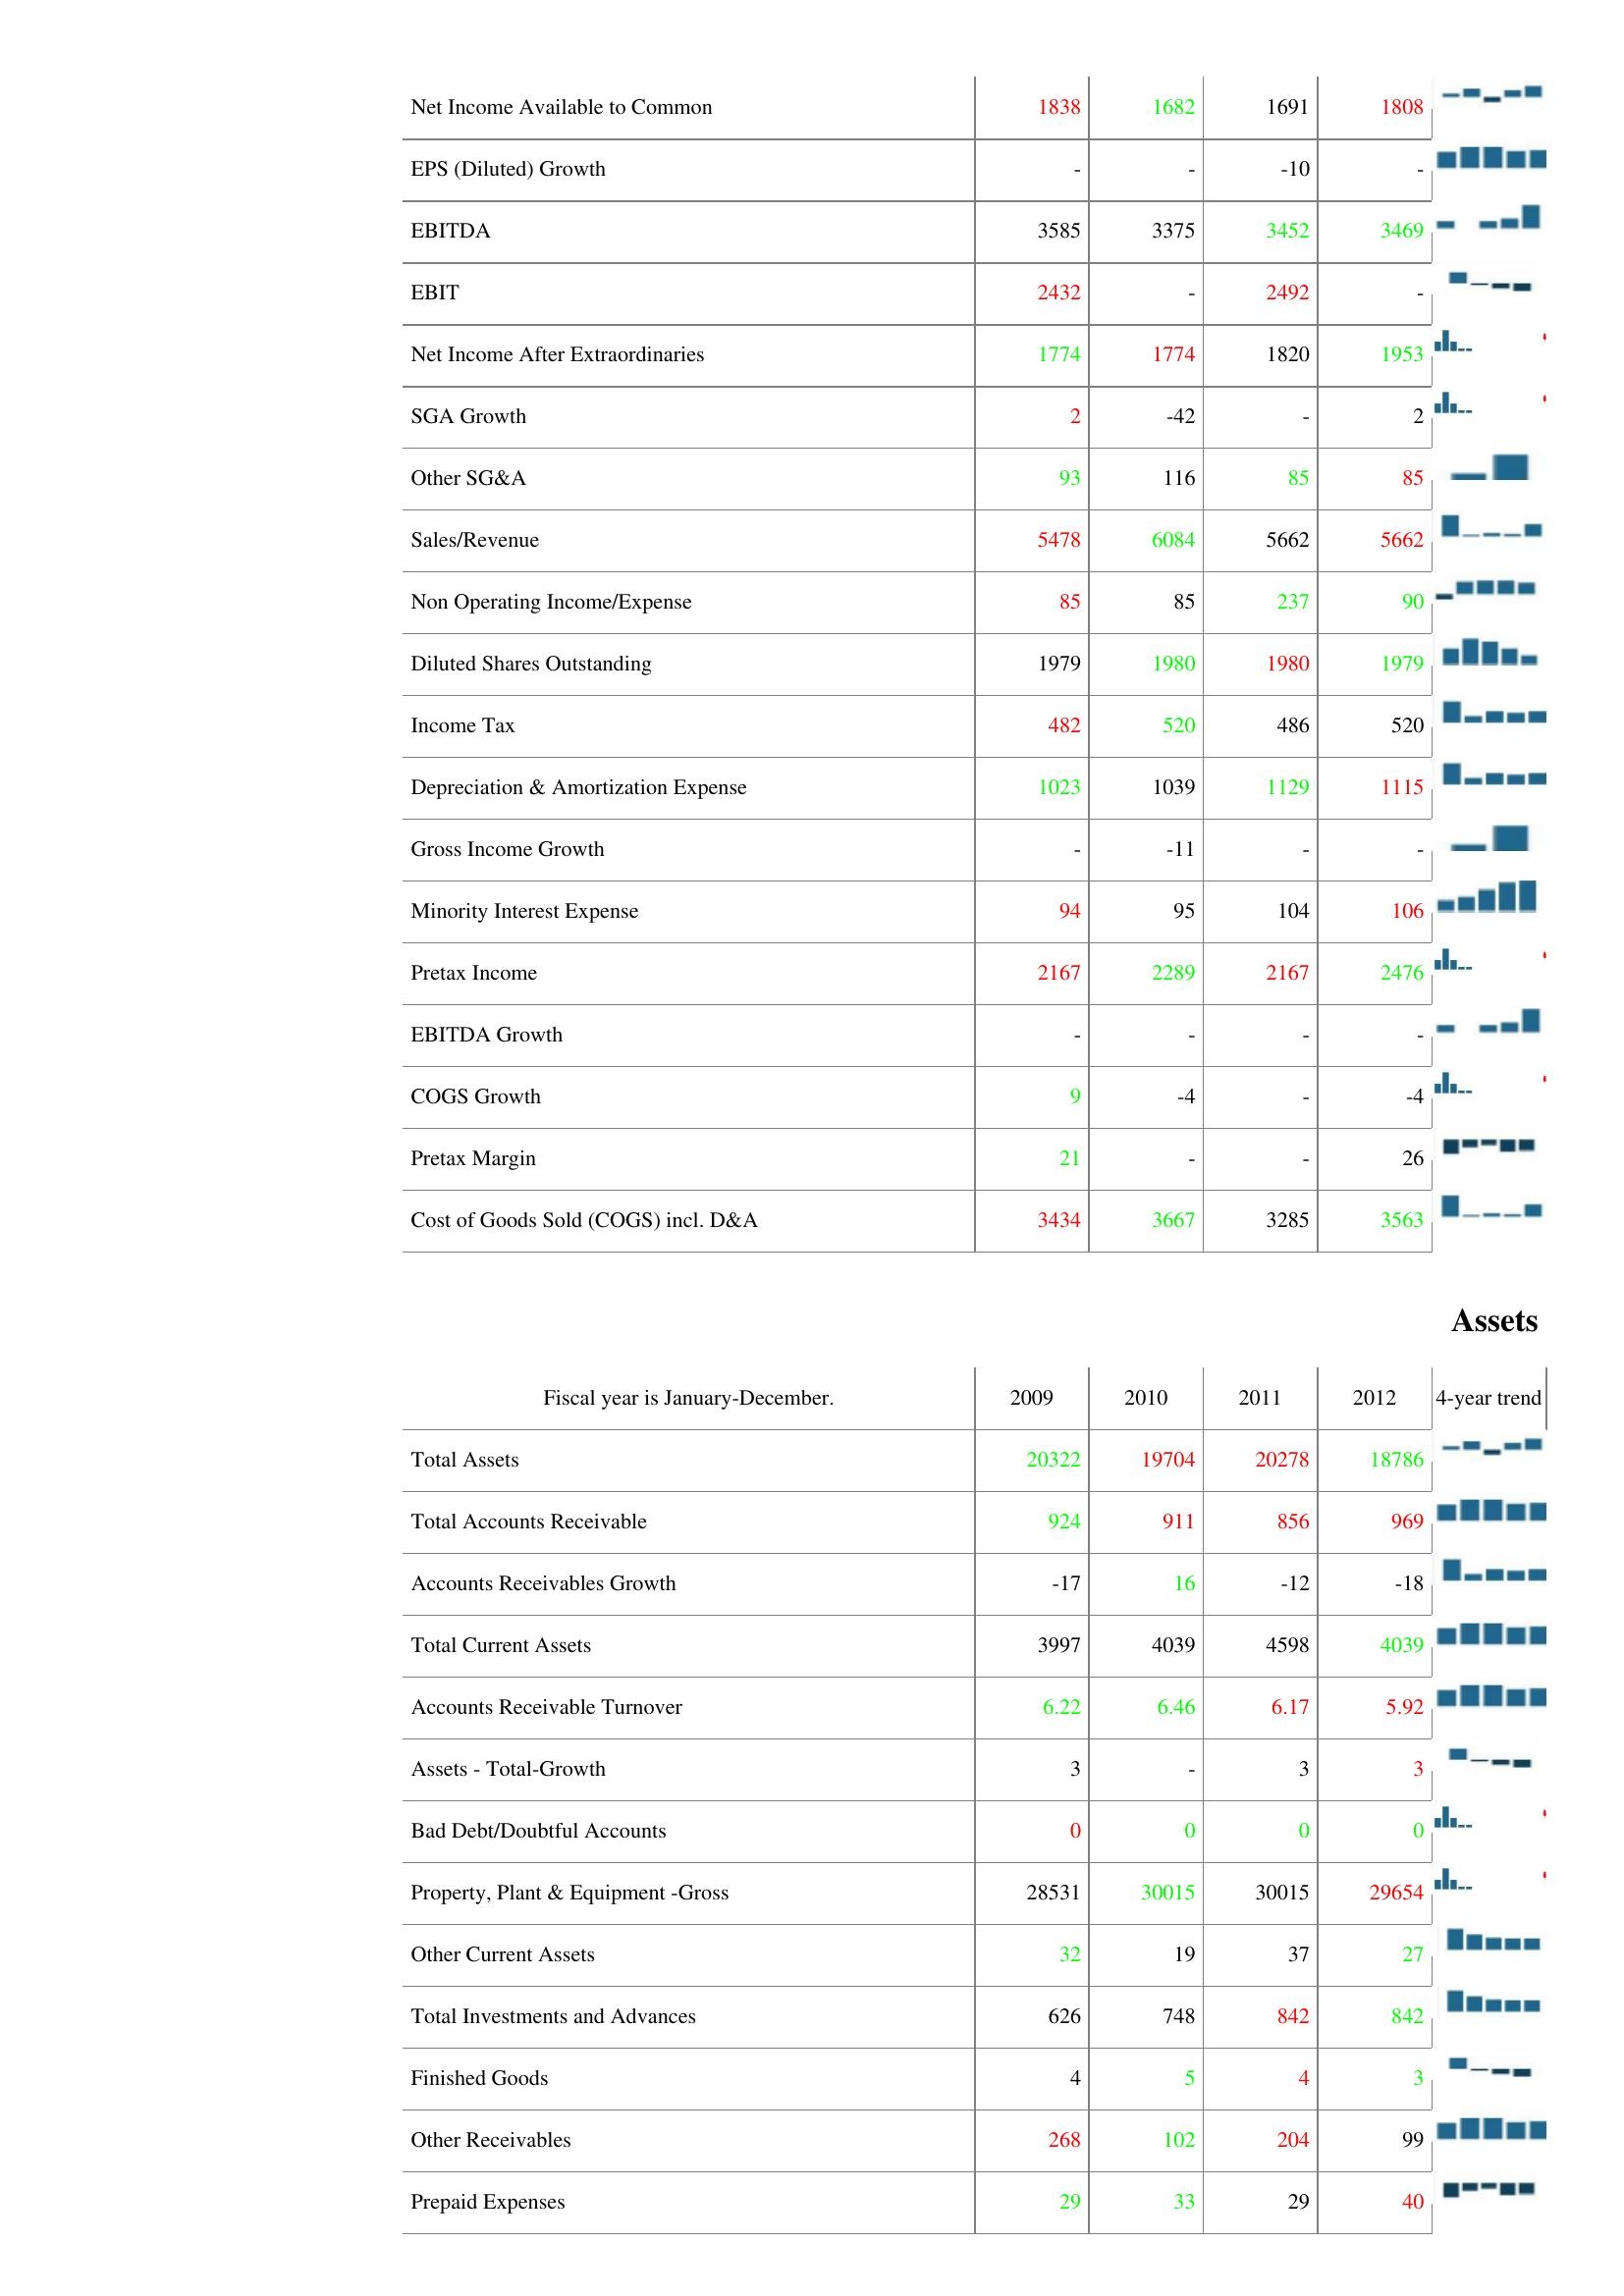
2009: : Net Income Available to Common: 1838
EPS (Diluted) Growth: -
EBITDA: 3585
EBIT: 2432
Net Income After Extraordinaries: 1774
SGA Growth: 2
Other SG&A: 93
Sales/Revenue: 5478
Non Operating Income/Expense: 85
Diluted Shares Outstanding: 1979
Income Tax: 482
Depreciation & Amortization Expense: 1023
Gross Income Growth: -
Minority Interest Expense: 94
Pretax Income: 2167
EBITDA Growth: -
COGS Growth: 9
Pretax Margin: 21
Cost of Goods Sold (COGS) incl. D&A: 3434
Assets: Total Assets: 20322
Total Accounts Receivable: 924
Accounts Receivables Growth: -17
Total Current Assets: 3997
Accounts Receivable Turnover: 6.22
Assets - Total-Growth: 3
Bad Debt/Doubtful Accounts: 0
Property, Plant & Equipment -Gross: 28531
Other Current Assets: 32
Total Investments and Advances: 626
Finished Goods: 4
Other Receivables: 268
Prepaid Expenses: 29
2010: : Net Income Available to Common: 1682
EPS (Diluted) Growth: -
EBITDA: 3375
EBIT: -
Net Income After Extraordinaries: 1774
SGA Growth: -42
Other SG&A: 116
Sales/Revenue: 6084
Non Operating Income/Expense: 85
Diluted Shares Outstanding: 1980
Income Tax: 520
Depreciation & Amortization Expense: 1039
Gross Income Growth: -11
Minority Interest Expense: 95
Pretax Income: 2289
EBITDA Growth: -
COGS Growth: -4
Pretax Margin: -
Cost of Goods Sold (COGS) incl. D&A: 3667
Assets: Total Assets: 19704
Total Accounts Receivable: 911
Accounts Receivables Growth: 16
Total Current Assets: 4039
Accounts Receivable Turnover: 6.46
Assets - Total-Growth: -
Bad Debt/Doubtful Accounts: 0
Property, Plant & Equipment -Gross: 30015
Other Current Assets: 19
Total Investments and Advances: 748
Finished Goods: 5
Other Receivables: 102
Prepaid Expenses: 33
2011: : Net Income Available to Common: 1691
EPS (Diluted) Growth: -10
EBITDA: 3452
EBIT: 2492
Net Income After Extraordinaries: 1820
SGA Growth: -
Other SG&A: 85
Sales/Revenue: 5662
Non Operating Income/Expense: 237
Diluted Shares Outstanding: 1980
Income Tax: 486
Depreciation & Amortization Expense: 1129
Gross Income Growth: -
Minority Interest Expense: 104
Pretax Income: 2167
EBITDA Growth: -
COGS Growth: -
Pretax Margin: -
Cost of Goods Sold (COGS) incl. D&A: 3285
Assets: Total Assets: 20278
Total Accounts Receivable: 856
Accounts Receivables Growth: -12
Total Current Assets: 4598
Accounts Receivable Turnover: 6.17
Assets - Total-Growth: 3
Bad Debt/Doubtful Accounts: 0
Property, Plant & Equipment -Gross: 30015
Other Current Assets: 37
Total Investments and Advances: 842
Finished Goods: 4
Other Receivables: 204
Prepaid Expenses: 29
2012: : Net Income Available to Common: 1808
EPS (Diluted) Growth: -
EBITDA: 3469
EBIT: -
Net Income After Extraordinaries: 1953
SGA Growth: 2
Other SG&A: 85
Sales/Revenue: 5662
Non Operating Income/Expense: 90
Diluted Shares Outstanding: 1979
Income Tax: 520
Depreciation & Amortization Expense: 1115
Gross Income Growth: -
Minority Interest Expense: 106
Pretax Income: 2476
EBITDA Growth: -
COGS Growth: -4
Pretax Margin: 26
Cost of Goods Sold (COGS) incl. D&A: 3563
Assets: Total Assets: 18786
Total Accounts Receivable: 969
Accounts Receivables Growth: -18
Total Current Assets: 4039
Accounts Receivable Turnover: 5.92
Assets - Total-Growth: 3
Bad Debt/Doubtful Accounts: 0
Property, Plant & Equipment -Gross: 29654
Other Current Assets: 27
Total Investments and Advances: 842
Finished Goods: 3
Other Receivables: 99
Prepaid Expenses: 40